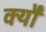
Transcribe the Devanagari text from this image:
क्यौ